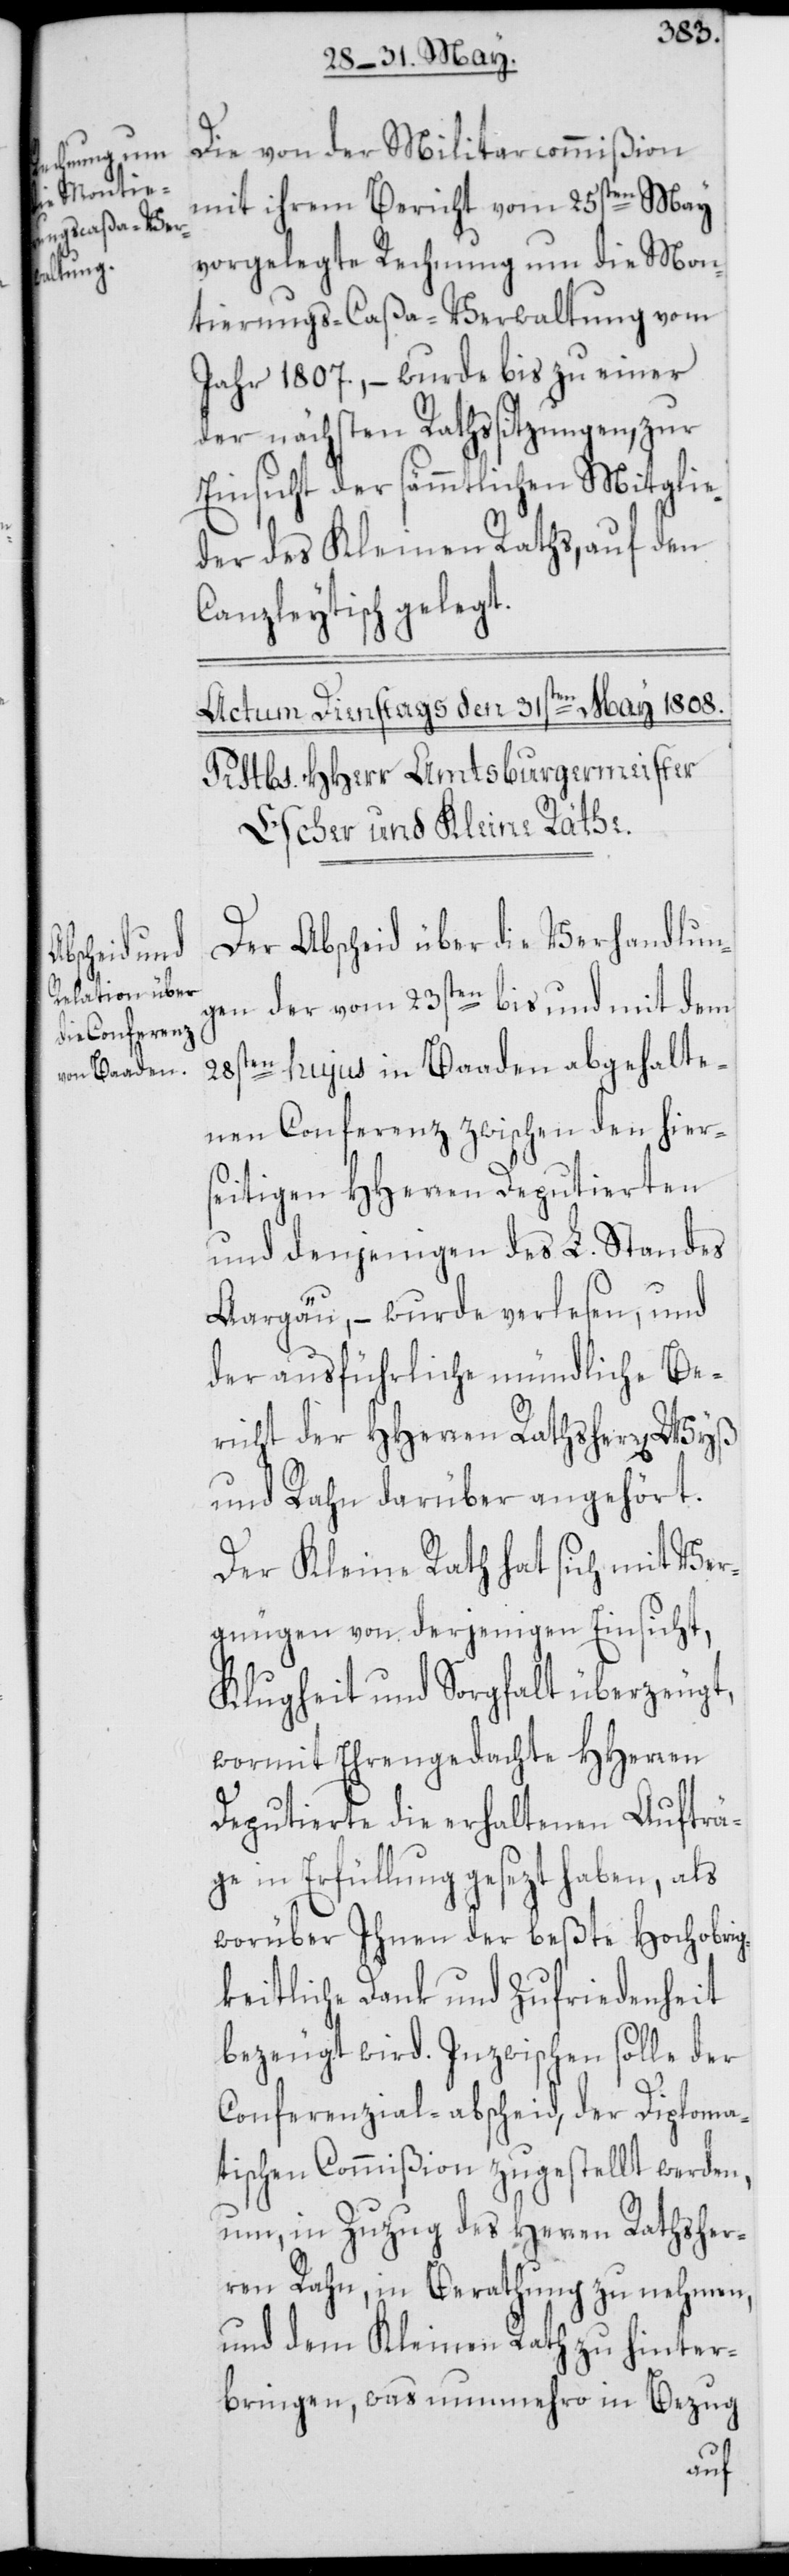
Die von der Militarcommißion
mit ihrem Bericht vom 25sten May
vorgelegte Rechnung um die Mon¬
tierungs-Caßa-Verwaltung vom
Jahr 1807., – wurde bis zu einer
der nächsten Rathssitzungen, zur
Einsicht der sämmtlichen Mitglie¬
der des Kleinen Raths, auf den
Canzleytisch gelegt.
Der Abscheid über die Verhandlun¬
gen der vom 23sten bis und mit dem
28sten hujus in Baaden abgehalte¬
nen Conferenz zwischen den hier¬
seitigen HHerren Deputierten
und denjenigen des L. Standes
Aargäu, – wurde verlesen, und
der ausführliche mündliche Be¬
richt der HHerren Rathsherr[en] Wyß
und Rahn darüber angehört.
Der Kleine Rath hat sich mit Ver¬
gnügen von derjenigen Einsicht,
Klugheit und Sorgfalt überzeugt,
wormit Ehrengedachte HHerren
Deputierte die erhaltenen Aufträ¬
ge in Erfüllung gesezt haben, als
worüber Ihnen der beßte Hochobrig¬
keitliche Dank und Zufriedenheit
bezeugt wird. Inzwischen solle der
Conferenzial-abscheid, der Diploma¬
tischen Commißion zugestellt werden,
um, in Zuzug des Herren Rathsher¬
ren Rahn, in Berathung zu nehmen,
und dem Kleinen Rath zu hinter¬
bringen, was nunmehro in Bezug